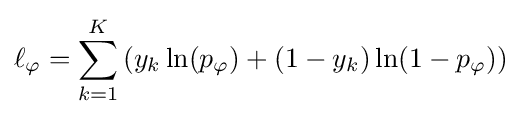
\ell _{\varphi }=\sum _{k=1}^{K}\left(y_{k}\ln(p_{\varphi })+(1-y_{k})\ln(1-p_{\varphi })\right)